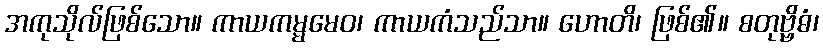
အကုသိုလ်ဖြစ်သော။ ကာယကမ္မမေဝ၊ ကာယကံသည်သာ။ ဟောတိ၊ ဖြစ်၏။ စတုဗ္ဗိဓံ၊